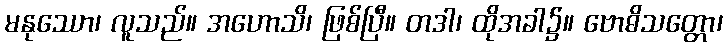
မနုဿော၊ လူသည်။ အဟောသိ၊ ဖြစ်ပြီ။ တဒါ၊ ထိုအခါ၌။ ဗောဓိသတ္တော၊